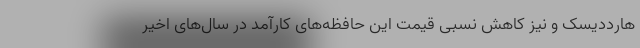
هارددیسک و نیز کاهش نسبی قیمت این حافظه‌های کارآمد در سال‌های اخیر